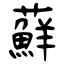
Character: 蘚